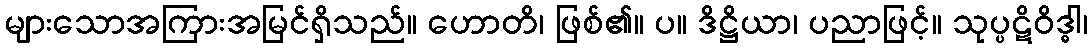
များသောအကြားအမြင်ရှိသည်။ ဟောတိ၊ ဖြစ်၏။ ပ။ ဒိဋ္ဌိယာ၊ ပညာဖြင့်။ သုပ္ပဋိဝိဒ္ဓါ၊